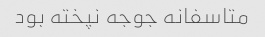
متاسفانه جوجه نپخته بود